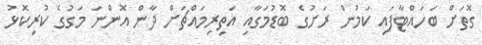
ގޮތަށް ބަހައްޓާފައި ކަމުން ރަށުގެ ބޮޑުމަގާއި އަތިރިމައްޗަށް ދާން އޮންނަ މަގުގެ ކުރިކޮޅު